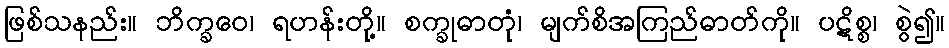
ဖြစ်သနည်း။ ဘိက္ခဝေ၊ ရဟန်းတို့။ စက္ခုဓာတုံ၊ မျက်စိအကြည်ဓာတ်ကို။ ပဋိစ္စ၊ စွဲ၍။